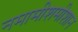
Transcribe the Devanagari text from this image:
नमामीशमीशान